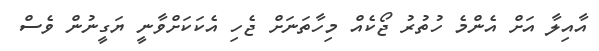
އާއިލާ އަށް އެންމެ ހުތުރު ޖޯކެއް މިހާތަނަށް ޖެހި އެކަކަށްވާނީ ޔަގީނުން ވެސް